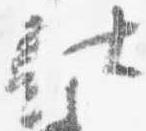
仕